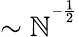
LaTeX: \sim\mathbb{N}^{^{-\frac{{1}}{{2}}}}